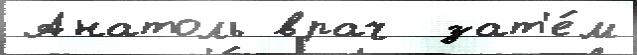
Анатоль врач  зат'е́м